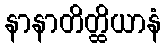
နာနာတိတ္ထိယာနံ